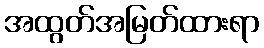
အထွတ်အမြတ်ထားရာ